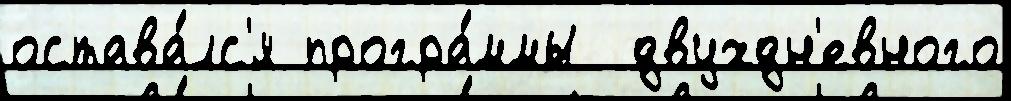
остава́лс'я програ́ммы  двухдн'евного